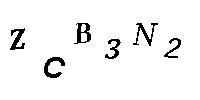
ZCB3N2